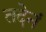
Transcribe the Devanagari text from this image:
तदेनं